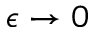
\epsilon \to 0